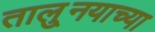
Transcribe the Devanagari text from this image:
तालु्नयाच्या